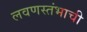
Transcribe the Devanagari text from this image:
लवणस्तंभाची